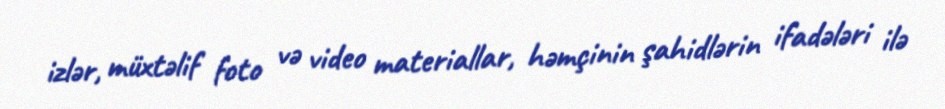
izlər, müxtəlif foto və video materiallar, həmçinin şahidlərin ifadələri ilə